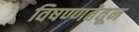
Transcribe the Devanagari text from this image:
विषण्णतेतून